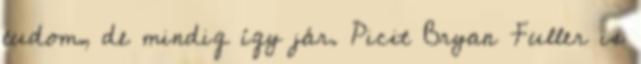
tudom, de mindig így jár. Picit Bryan Fuller is